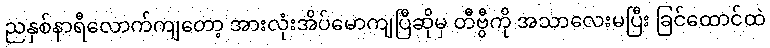
ညနှစ်နာရီလောက်ကျတော့ အားလုံးအိပ်မောကျပြီဆိုမှ တီဗွီကို အသာလေးမပြီး ခြင်ထောင်ထဲ